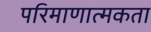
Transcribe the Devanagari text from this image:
परिमाणात्मकता